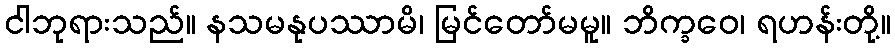
ငါဘုရားသည်။ နသမနုပဿာမိ၊ မြင်တော်မမူ။ ဘိက္ခဝေ၊ ရဟန်းတို့။